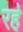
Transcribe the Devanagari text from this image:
रह॓